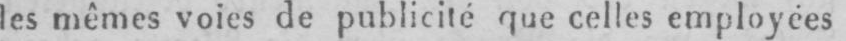
les mêmes voies de publicité que celles employées